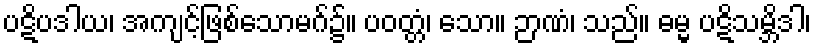
ပဋိပဒါယ၊ အကျင့်ဖြစ်သောမဂ်၌။ ပဝတ္တံ၊ သော။ ဉာဏံ၊ သည်။ ဓမ္မ ပဋိသမ္ဘိဒါ၊